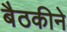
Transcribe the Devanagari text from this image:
बैठकीने